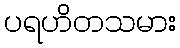
ပရဟိတသမား